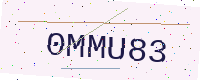
Text: 0MMU83